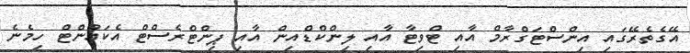
އޭގެތެރޭގައި އިންސްޓަގްރާމް އާއި ޓްވިޓާ އާއި ލިންކްްޑްއިން އާއި ޕިންޓްރެސްޓް އެކައުންޓް ހިމެނެ